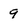
Character: 9